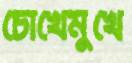
চোখেমুখে